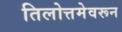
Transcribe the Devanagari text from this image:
तिलोत्तमेवरून